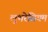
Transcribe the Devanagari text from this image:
लुथरेसियम